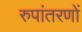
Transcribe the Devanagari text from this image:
रुपांतरणों